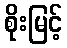
စိုးမြင့်